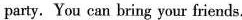
party. You can bring your friends.